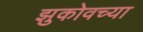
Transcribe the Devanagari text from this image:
झुकोवच्या